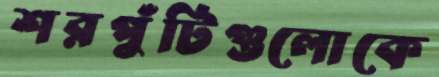
শরপুঁটিগুলোকে